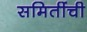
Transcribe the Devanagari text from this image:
समितींची